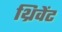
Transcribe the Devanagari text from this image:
थ्रिवेंट